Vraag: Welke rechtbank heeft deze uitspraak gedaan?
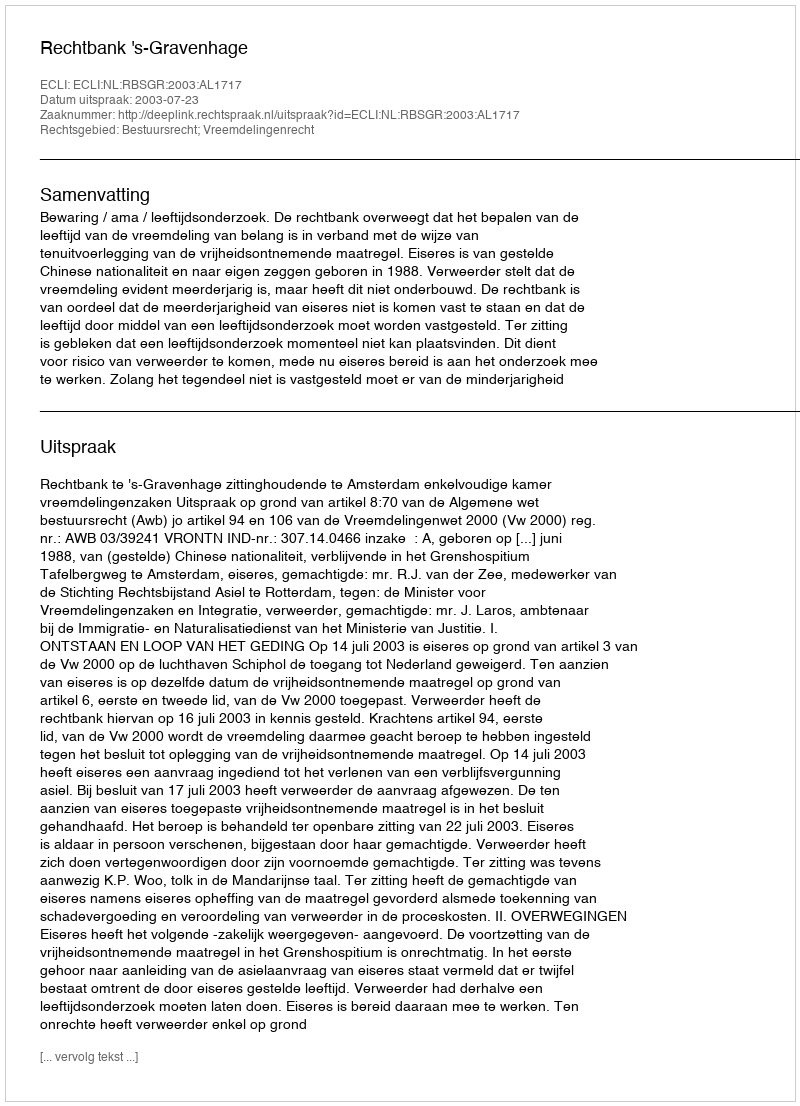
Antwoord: Rechtbank 's-Gravenhage